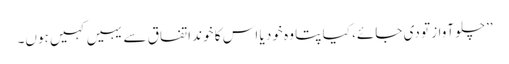
’’چلو آواز تو دی جائے، کیا پتا وہ خود یا اس کا خوند اتفاق سے یہیں کہیں ہوں۔